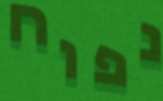
נפוח